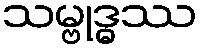
သမ္ဗုဒ္ဓဿ